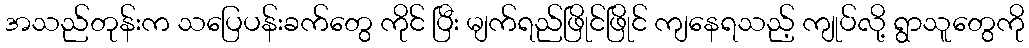
အသည်တုန်းက သပြေပန်းခက်တွေ ကိုင် ပြီး မျက်ရည်ဖြိုင်ဖြိုင် ကျနေရသည့် ကျုပ်လို့ ရွာသူတွေကို